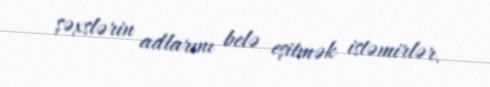
şəxslərin adlarını belə eşitmək istəmirlər.